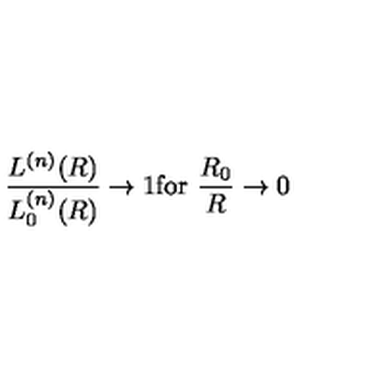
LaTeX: \frac { L ^ { ( n ) } ( R ) } { L _ { 0 } ^ { ( n ) } ( R ) } \rightarrow 1 \mathrm { f o r } \ \frac { R _ { 0 } } { R } \rightarrow 0